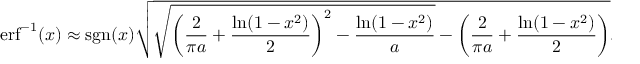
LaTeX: \operatorname { e r f } ^ { - 1 } ( x ) \approx \operatorname { s g n } ( x ) { \sqrt { { \sqrt { \left( { \frac { 2 } { \pi a } } + { \frac { \ln ( 1 - x ^ { 2 } ) } { 2 } } \right) ^ { 2 } - { \frac { \ln ( 1 - x ^ { 2 } ) } { a } } } } - \left( { \frac { 2 } { \pi a } } + { \frac { \ln ( 1 - x ^ { 2 } ) } { 2 } } \right) } } .